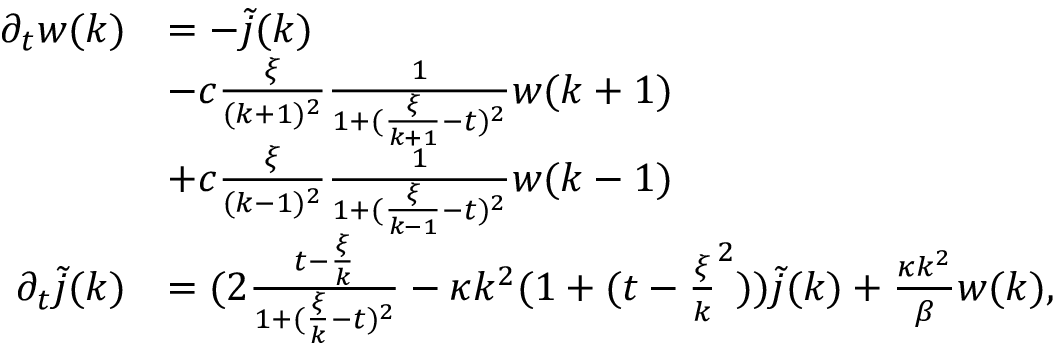
\begin{array} { r l } { \partial _ { t } w ( k ) } & { = - \tilde { j } ( k ) } \\ & { - c \frac \xi { ( k + 1 ) ^ { 2 } } \frac 1 { 1 + ( \frac \xi { k + 1 } - t ) ^ { 2 } } w ( k + 1 ) } \\ & { + c \frac \xi { ( k - 1 ) ^ { 2 } } \frac 1 { 1 + ( \frac \xi { k - 1 } - t ) ^ { 2 } } w ( k - 1 ) } \\ { \partial _ { t } \tilde { j } ( k ) } & { = ( 2 \frac { t - \frac \xi k } { 1 + ( \frac \xi k - t ) ^ { 2 } } - \kappa k ^ { 2 } ( 1 + ( t - \frac \xi k ^ { 2 } ) ) \tilde { j } ( k ) + \frac { \kappa k ^ { 2 } } \beta w ( k ) , } \end{array}